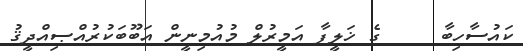
ކައުސާހިބާ     ގެ ޚަލީފާ އަމީރުލް މުއުމިނީން އަބޫބަކުރުއްޞިއްދީޤު